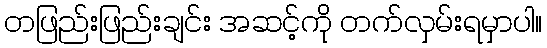
တဖြည်းဖြည်းချင်း အဆင့်ကို တက်လှမ်းရမှာပါ။